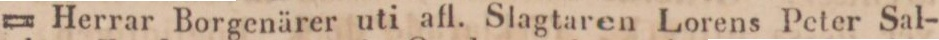
= Herrar Borgenärer uti afl. Slagtaren Lorens Peter Sal-